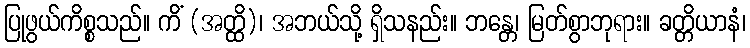
ပြုဖွယ်ကိစ္စသည်။ ကိံ (အတ္ထိ)၊ အဘယ်သို့ ရှိသနည်း။ ဘန္တေ၊ မြတ်စွာဘုရား။ ခတ္တိယာနံ၊